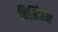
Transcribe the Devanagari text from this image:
बिर्मिंघम